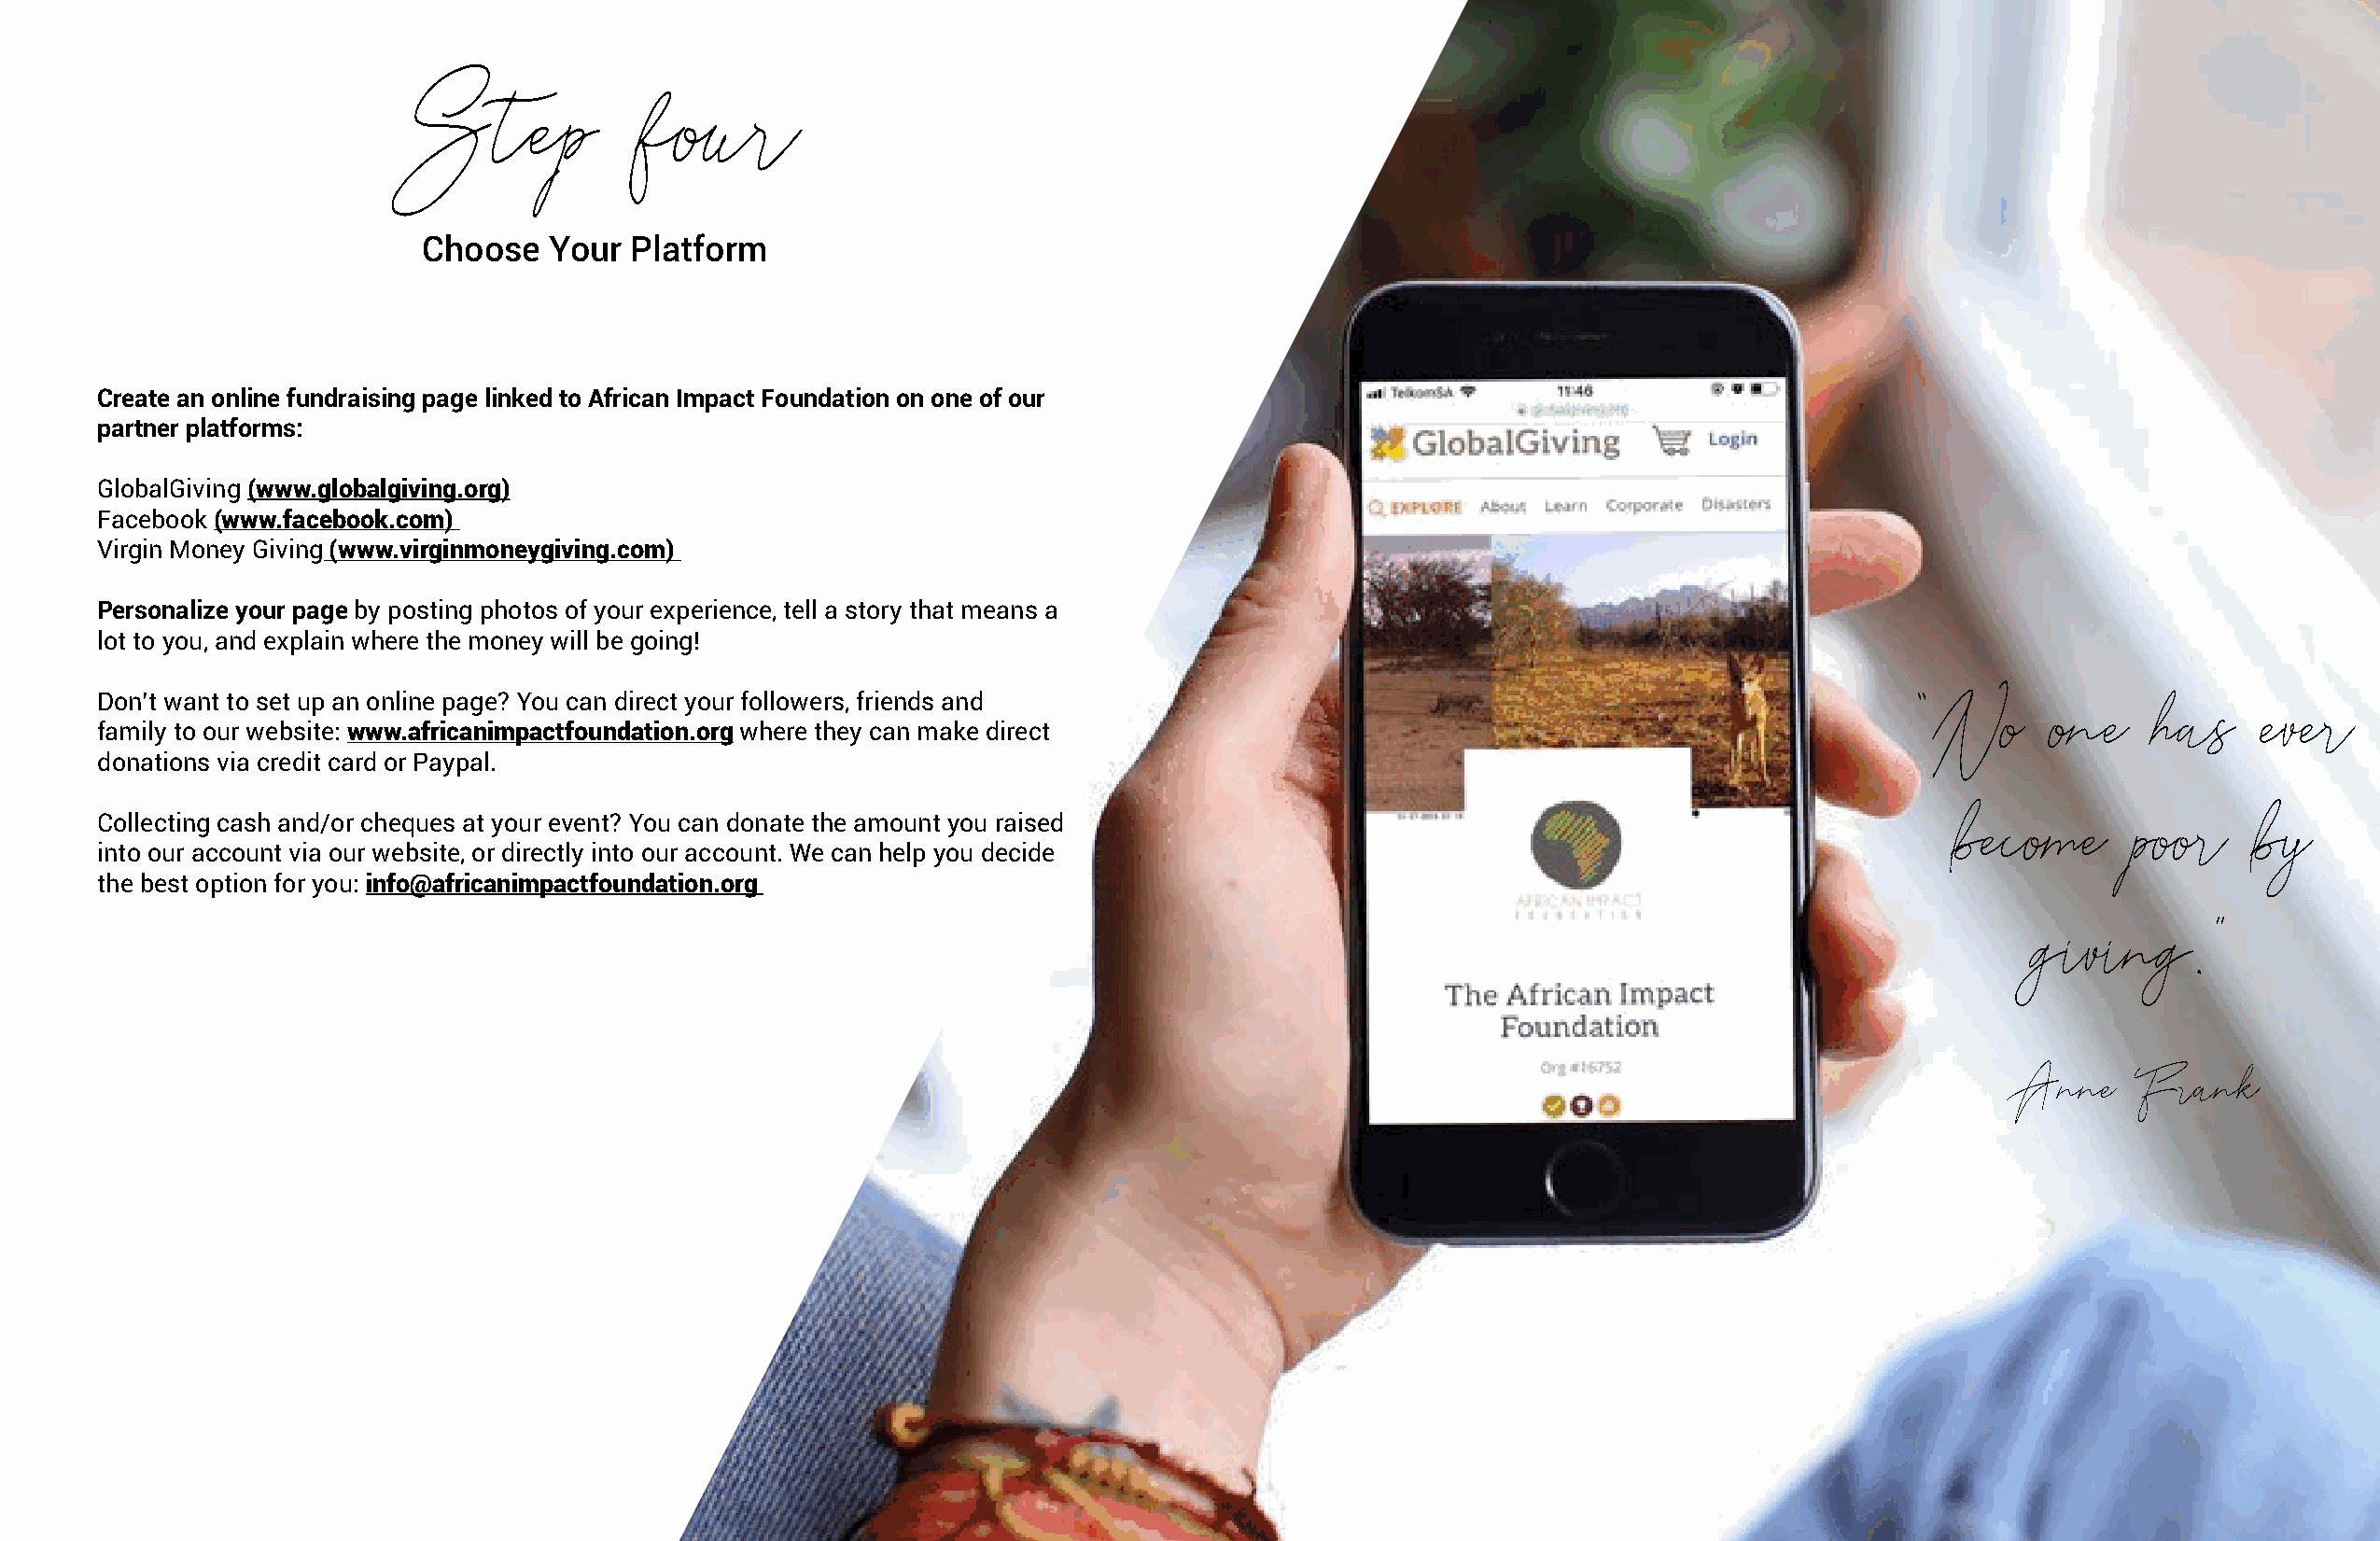
Step             four
 Choose   Your  Platform
 Create an online fundraising page linked to African Impact Foundation on one of our
 partner platforms:
 GlobalGiving (www.globalgiving.org)
 Facebook (www.facebook.com)
 Virgin Money Giving (www.virginmoneygiving.com)
 Personalize your page by posting photos of your experience, tell a story that means a
 lot to you, and explain where the money will be going!
 Don’t want to set up an online page? You can direct your followers, friends and                                                  “No       one    has     ever
 family to our website: www.africanimpactfoundation.org where they can make direct
 donations via credit card or Paypal.
 Collecting cash and/or cheques at your event? You can donate the amount you raised                                                  become      poor     by
 into our account via our website, or directly into our account. We can help you decide
 the best option for you: info@africanimpactfoundation.org
 giving.”
 Anne     Frank